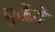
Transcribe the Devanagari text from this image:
चुकेंगे